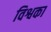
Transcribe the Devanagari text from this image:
विश्वका